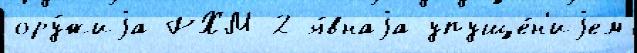
ору́жиjа РХМ-2 я́внаjа упуще́н'иjем